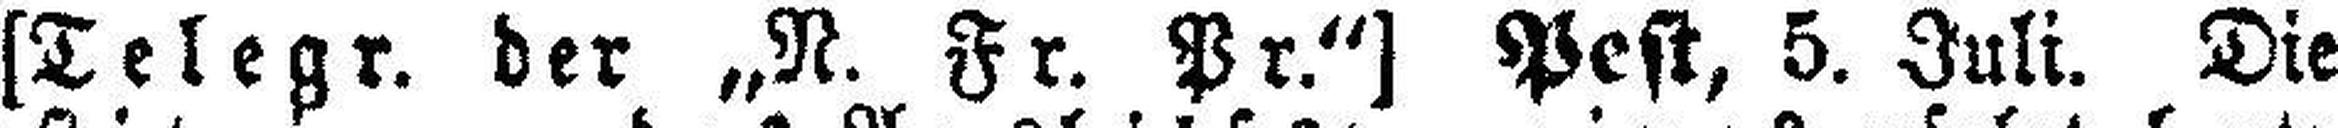
[Telegr. der „N. Fr. Pr.“] Pest, 5. Juli. Die